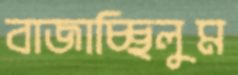
বাজাচ্ছিলুম